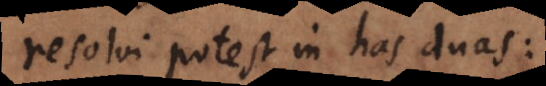
resolvi potest in has duas: